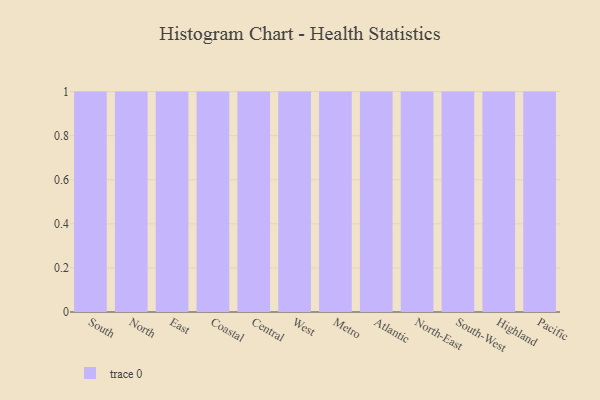
{"axis": {"x": "Region", "y": "Website Visitors"}, "legend": [""], "data": [{"x": "South", "y": 99, "type": ""}, {"x": "North", "y": 79, "type": ""}, {"x": "East", "y": 27, "type": ""}, {"x": "Coastal", "y": 46, "type": ""}, {"x": "Central", "y": 72, "type": ""}, {"x": "West", "y": 64, "type": ""}, {"x": "Metro", "y": 98, "type": ""}, {"x": "Atlantic", "y": 70, "type": ""}, {"x": "North-East", "y": 63, "type": ""}, {"x": "South-West", "y": 35, "type": ""}, {"x": "Highland", "y": 19, "type": ""}, {"x": "Pacific", "y": 98, "type": ""}]}